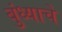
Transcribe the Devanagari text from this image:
बुंध्याचे